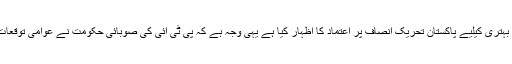
وزیراعلیٰ نے کہا کہ صوبے کے عوام نے نظام کی اصلاح و بہتری کیلیے پاکستان تحریک انصاف پر اعتماد کا اظہار کیا ہے یہی وجہ ہے کہ پی ٹی آئی کی صوبائی حکومت نے عوامی توقعات کے مطابق نظام کی بہتری کیلیے ہرممکن اقدامات کیے ہیں۔